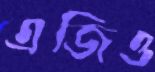
এজিও